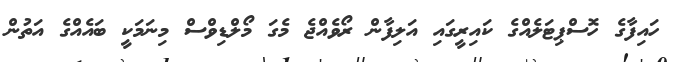
ހައިފާގެ ހޮސްޕިޓަލެއްގެ ކައިރީގައި އަލިފާން ރޯވެއްޖެ މެގަ މޯލްޑިވްސް މިނަމަކީ ބައެއްގެ އަތުން